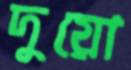
দুয়ো